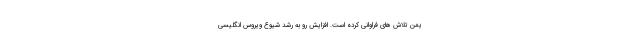
یمن تلاش های فراوانی کرده است. افزایش رو به رشد شیوع ویروس انگلیسی